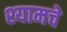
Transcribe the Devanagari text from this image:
श्यामचे